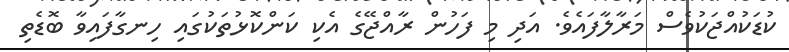
ކުޑަކުއްޖަކުވެސް މަރާލާފައެވެ. އަދި މި ފަހުން ރާއްޖޭގެ އެކި ކަންކޮޅުތަކުގައި ހިނގާފައިވާ ބޮޑެތި